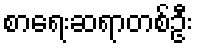
စာရေးဆရာတစ်ဦး